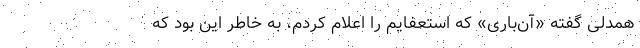
همدلی گفته «آن‌باری» که استعفایم را اعلام کردم، به خاطر این بود که